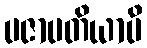
ပဇာပတိယာပိ